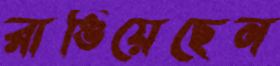
রাঙিয়েছেন